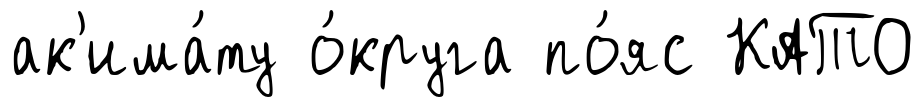
ак'има́ту о́круга по́яс КАТО